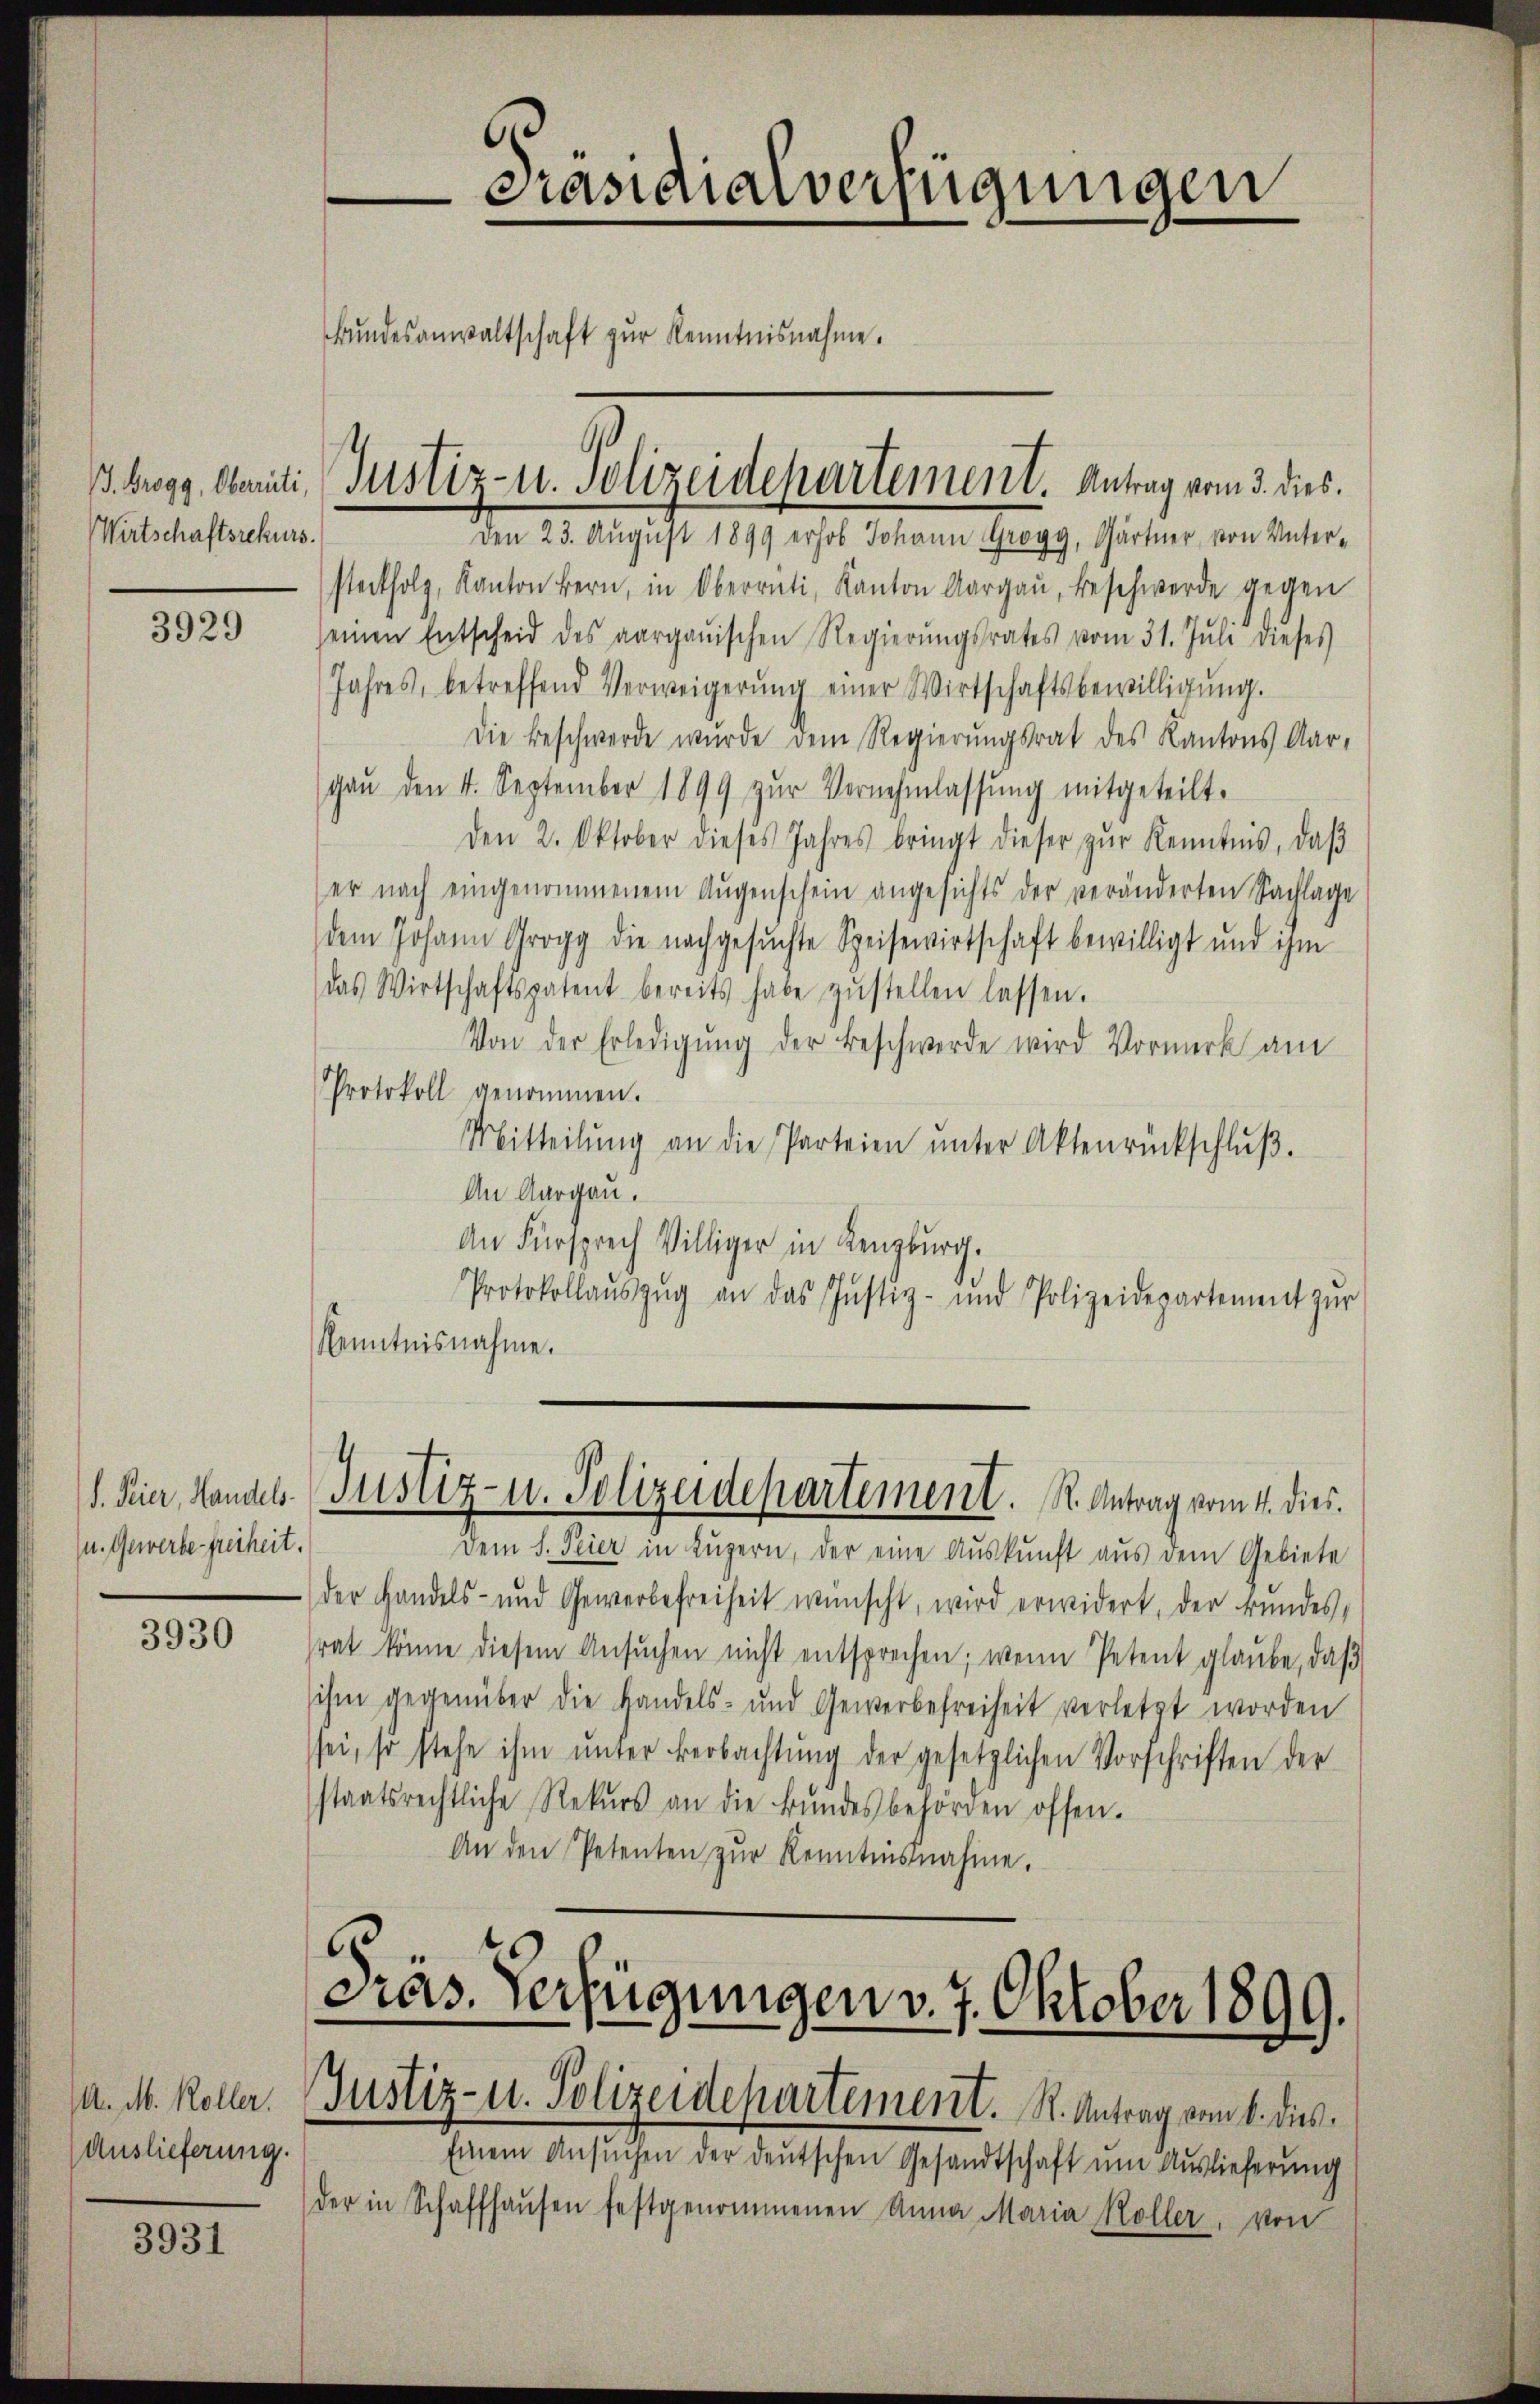
Wirtschaftsrekurs.

3929

(u. Gewerbe freiheit.

3930

M. M. Koller.
Auslieferung.

3931

Präsidialverfügungen
Bŭndesanwaltschaft zŭr Kenntnisnahme.
3

steckfolg, Kanton Bern, in Oberrüti, Kanton Aargaŭ, Beschwerde gegen
seinen Entscheid des aargauischen Regierŭngsrates vom 31. Jŭli dieses
Jahres, betreffend Verweigerŭng einer Wirtschaftsbewilligŭng.
Die Beschwerde wurde dem Regierŭngsrat des Kantons Aar-
gaŭ den 4. September 1899 zŭr Vernehmlassŭng mitgeteilt.
Den 2. Oktober dieses Jahres bringt dieser zŭr Kenntnis, daβ
er nach eingenommenem Augenschein angesichts der veränderten Sachlage
dem Johann Grogg die nachgesuchte Speisewirtschaft bewilligt und ihm
das Wirtschaftspatent bereits habe zŭstellen lassen.
Von der Erledigŭng der Beschwerde wird Vormerk am
Protokoll genommen.
Mitteilŭng an die Parteien ŭnter Aktenrückschlŭβ.
An Aargau.
An Fürsprech Williger in Lenzburg.
Protokollaŭszŭg an das Justiz- und Polizeidepartement zŭr
Kenntnisnahme.

/3. Bregg, Oberiti, Justiz- u. Polizeidepartement. Antrag vom 3. dies.
Den 23. August 1899 erhob Johann Grogg, Gärtner, von Unter¬

Dem S. Peier in Luzern, der eine Auskunft aus dem Gebiete
) der Handels- und Gewerbefreiheit wünscht, wird erwidert, der Bundes,
rat könne diesem Ansŭchen nicht entsprechen; wenn Petent glaube, daß
ihm gegenüber die Handels- und Gewerbefreiheit verletzt worden
sei, so stehe ihm ŭnter Beobachtŭng der gesetzlichen Vorschriften der
staatsrechtliche Rekurs an die Bŭndesbehörden offen.
An den Petenten zŭr Kenntnisnahme.

d. Kier, Handels Justiz- u. Polizeidepartement. R. Antrag vom 4. dies.

Dias. Verfügungen v. 7. Oktober 1899.
Justiz- u. Polizeidepartement. St. Antrag vom 4. dies

Einem Ansuchen der deutschen Gesandtschaft um Auslieferung
der in Schaffhaŭsen festgenommenen Anna Maria Koller, von